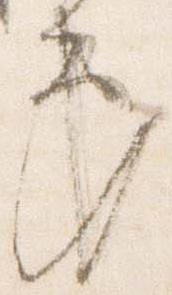
第